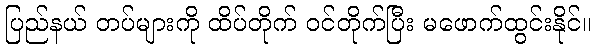
ပြည်နယ် တပ်များကို ထိပ်တိုက် ဝင်တိုက်ပြီး မဖောက်ထွင်းနိုင်။